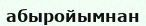
абыройымнан